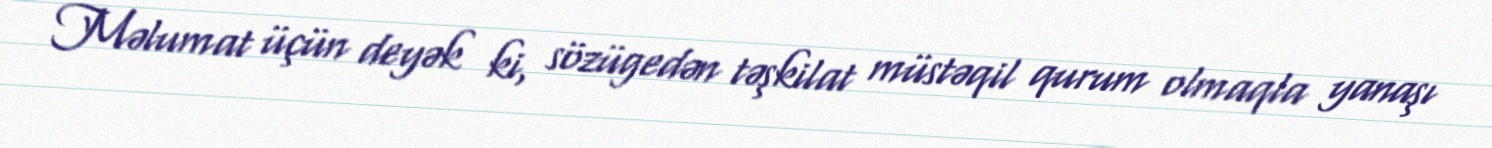
Məlumat üçün deyək ki, sözügedən təşkilat müstəqil qurum olmaqla yanaşı